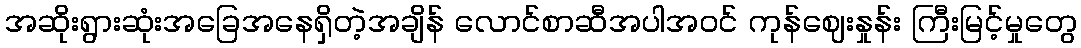
အဆိုးရွားဆုံးအခြေအနေရှိတဲ့အချိန် လောင်စာဆီအပါအဝင် ကုန်ဈေးနှုန်း ကြီးမြင့်မှုတွေ